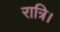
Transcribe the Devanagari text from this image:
रात्रि।